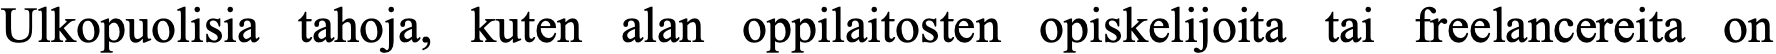
Ulkopuolisia tahoja, kuten alan oppilaitosten opiskelijoita tai freelancereita on